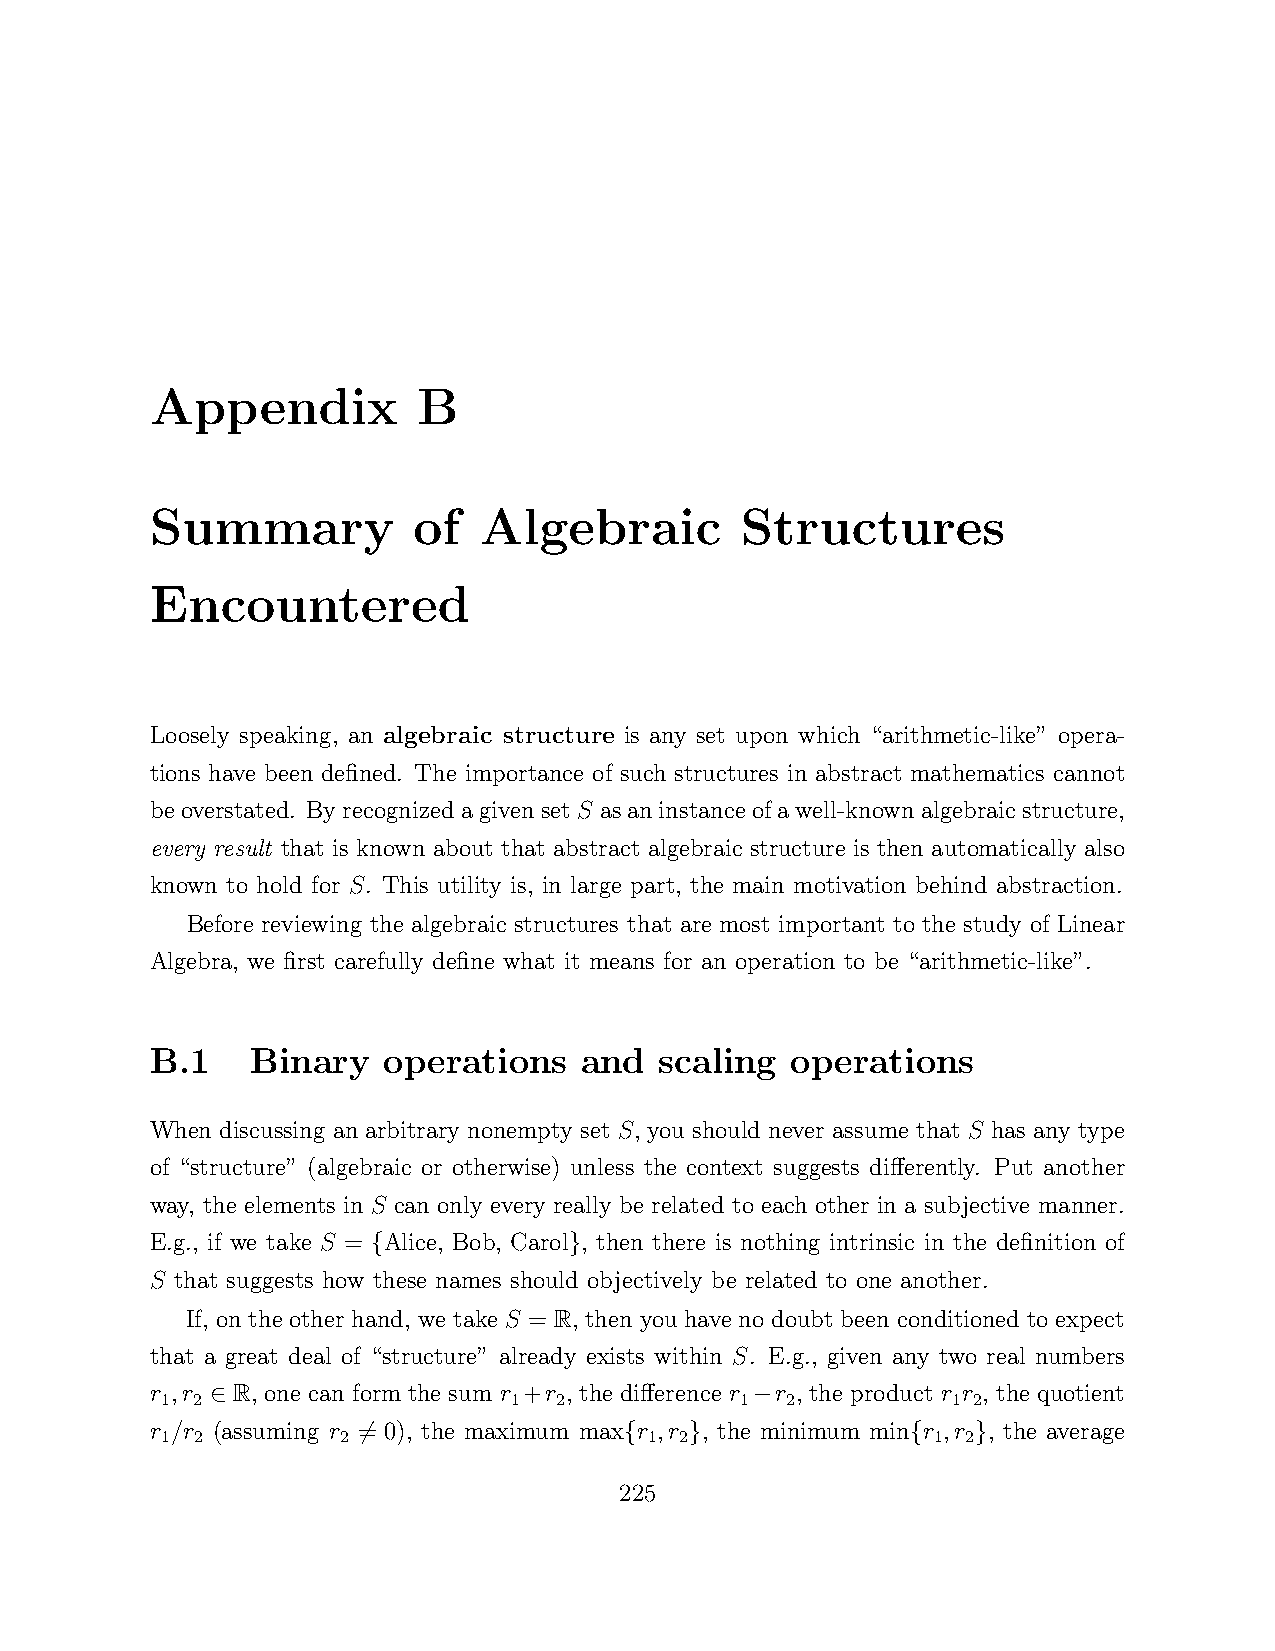
Appendix          B
 Summary          of   Algebraic        Structures
 Encountered
 Loosely speaking, an algebraic structure is any set upon which “arithmetic-like” opera-
 tions have been defined. The importance of such structures in abstract mathematics cannot
 beoverstated. Byrecognized agiven set S asaninstance ofawell-known algebraicstructure,
 every result that is known about that abstract algebraic structure is then automatically also
 known to hold for S. This utility is, in large part, the main motivation behind abstraction.
 Before reviewing the algebraic structures that are most important to the study of Linear
 Algebra, we first carefully define what it means for an operation to be “arithmetic-like”.
 B.1    Binary  operations   and   scaling operations
 When discussing an arbitrary nonempty set S, you should never assume that S has any type
 of “structure” (algebraic or otherwise) unless the context suggests differently. Put another
 way, the elements in S can only every really be related to each other in a subjective manner.
 E.g., if we take S = Alice, Bob, Carol , then there is nothing intrinsic in the definition of
 {            }
 S that suggests how these names should objectively be related to one another.
 If, on the other hand, we take S = R, then you have no doubt been conditioned to expect
 that a great deal of “structure” already exists within S. E.g., given any two real numbers
 r ,r R, one can form the sum r +r , the difference r r , the product r r , the quotient
 1 2                    1  2           1  2          1 2
 ∈                                   −
 r /r (assuming r = 0), the maximum max r ,r , the minimum min r ,r , the average
 1 2        2                    1 2                1 2
 6                {    }             {    }
 225